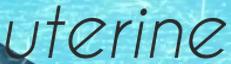
uterine